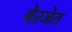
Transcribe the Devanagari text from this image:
बेरजेत